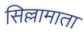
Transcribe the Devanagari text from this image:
सिल्लामाता